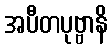
အပီတပုဗ္ဗာနိ